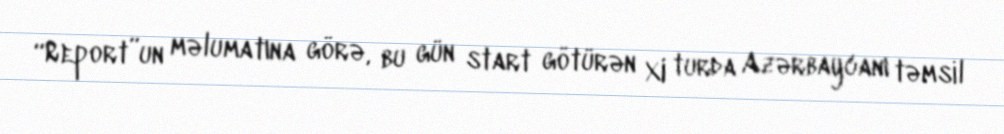
“Report”un məlumatına görə, bu gün start götürən XI turda Azərbaycanı təmsil